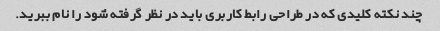
چند نکته کلیدی که در طراحی رابط کاربری باید در نظر گرفته شود را نام ببرید.